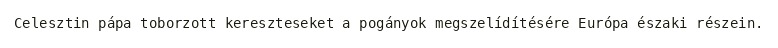
Celesztin pápa toborzott kereszteseket a pogányok megszelídítésére Európa északi részein.